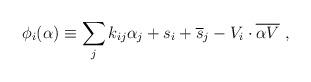
LaTeX: \begin{align*} \phi_i(\alpha)\equiv\sum_j k_{ij}\alpha_j + s_i +{\overline s}_j -V_i\cdot {\overline{\alpha V}}~,\end{align*}